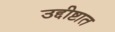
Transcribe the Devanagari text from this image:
उद्दीष्टात